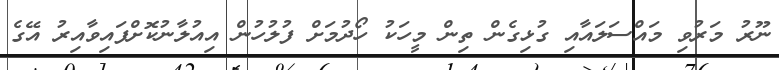
ނޫރު މަރުވި މައްސަލައާއި ގުޅިގެން ތިން މީހަކު ހޯދުމަށް ފުލުހުން އިއުލާނުކޮށްފައިވާއިރު އޭގެ